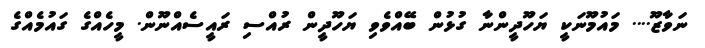
ނަވާޒޫ.... މައުމޫނަކީ ޔަހޫދީންނާ ގުޅުން ބޭއްވެވި ޔަހޫދީން ރުއްސި ރައީސެއްނޫން. މީހެއްގެ ގައުމެއްގެ